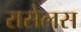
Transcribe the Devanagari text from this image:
रासेलस